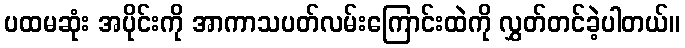
ပထမဆုံး အပိုင်းကို အာကာသပတ်လမ်းကြောင်းထဲကို လွှတ်တင်ခဲ့ပါတယ်။